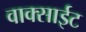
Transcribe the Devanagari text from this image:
वाक्साईट